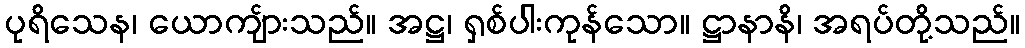
ပုရိသေန၊ ယောကျ်ားသည်။ အဋ္ဌ၊ ရှစ်ပါးကုန်သော။ ဋ္ဌာနာနိ၊ အရပ်တို့သည်။